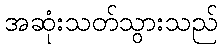
အဆုံးသတ်သွားသည်